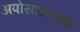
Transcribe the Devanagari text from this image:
अपोसायनेशी